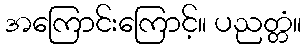
အကြောင်းကြောင့်။ ပညတ္တံ။